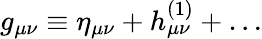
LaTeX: g_{\mu\nu}\equiv\eta_{\mu\nu}+h_{\mu\nu}^{(1)}+\ldots